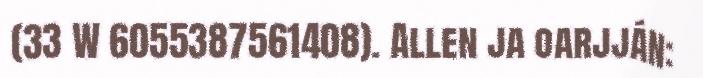
(33 W 6055387561408). Allen ja oarjján: